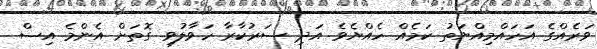
ވަރެއްގެ އަހައްމިއްޔަތު ކަމެއް ހެއްޔެވެ އަދި ސަރުކާރާ ހަވާލުވި ގޮތަށް އެންމެ އިސް